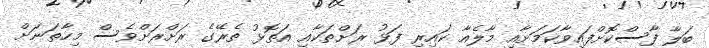
ބަލާ ފާސްކޮށްފައިވާކަމަށާއި މާލެއާ ކައިރި ފަޅު ރަށްތަކާއި އަތޮޅު ތެރޭގެ ރަށްރަށްވެސް މިހާތަނަށް